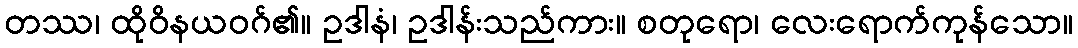
တဿ၊ ထိုဝိနယဝဂ်၏။ ဥဒါနံ၊ ဥဒါန်းသည်ကား။ စတုရော၊ လေးရောက်ကုန်သော။